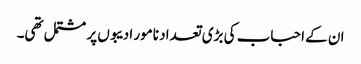
ان کے احباب کی بڑی تعداد نامور ادیبوں پر مشتمل تھی۔